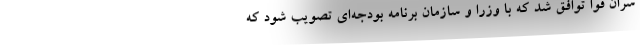
سران قوا توافق شد که با وزرا و سازمان برنامه بودجه‌ای تصویب شود که